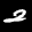
Label: 2